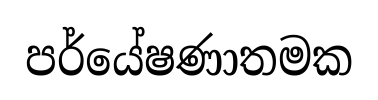
පර්යේෂණාතමක